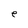
Character: e